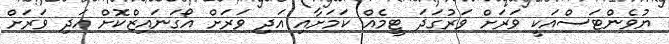
ޔުވެންޓަސްއަކީ ވަރަށް ވަރުގަދަ ޓީމެއް ކަމަށާއި އަދި ވަރަށް އޯގަނައިޒްކޮށް އަދި ވަރަށް